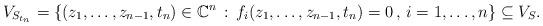
LaTeX: \begin{align*}V_{S_{t_n}}=\{(z_1,\dots,z_{n-1},t_n)\in\mathbb C^n\,:\, f_i(z_1,\dots,z_{n-1},t_n)=0\,,\, i=1,\dots,n \} \subseteq V_S.\end{align*}